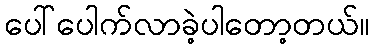
ပေါ်ပေါက်လာခဲ့ပါတော့တယ်။